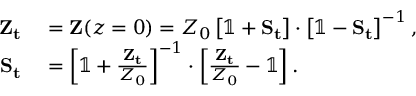
\begin{array} { r l } { \mathbf { Z _ { t } } } & { { } = \mathbf { Z } ( z = 0 ) = Z _ { 0 } \left[ \mathbb { 1 } + \mathbf { S _ { t } } \right] \cdot \left[ \mathbb { 1 } - \mathbf { S _ { t } } \right] ^ { - 1 } , } \\ { \mathbf { S _ { t } } } & { { } = \left[ \mathbb { 1 } + \frac { \mathbf { Z _ { t } } } { Z _ { 0 } } \right] ^ { - 1 } \cdot \left[ \frac { \mathbf { Z _ { t } } } { Z _ { 0 } } - \mathbb { 1 } \right] . } \end{array}